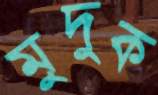
মুদুক